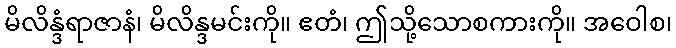
မိလိန္ဒံရာဇာနံ၊ မိလိန္ဒမင်းကို။ ဧတံ၊ ဤသို့သောစကားကို။ အဝေါစ၊